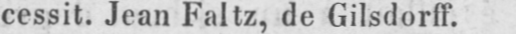
cessit. Jean Faltz, de Gilsdorff.